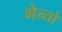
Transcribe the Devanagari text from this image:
गेन्तो